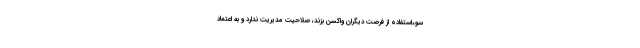
سوءاستفاده از فرصت دیگران واکسن بزند، صلاحیت مدیریت ندارد و به اعتماد